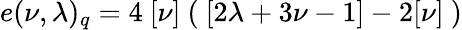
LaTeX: e(\nu,\lambda)_{q}=4\ [\nu]\ (\ [2\lambda+3\nu-1]-2[\nu]\ )